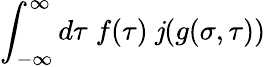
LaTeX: \int_{-\infty}^{\infty}d\tau\; f(\tau)\; \mathit{j}(g(\sigma,\tau))